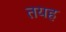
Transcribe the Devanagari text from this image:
तयह